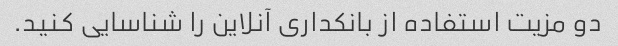
دو مزیت استفاده از بانکداری آنلاین را شناسایی کنید.